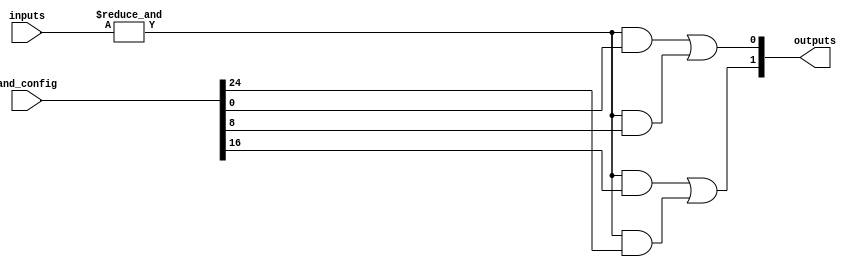
module SPAL #(
    parameter NUM_INPUTS = 8,      // Number of input signals
    parameter NUM_AND_GATES = 4,    // Number of AND gates
    parameter NUM_OR_GATES = 2       // Number of OR gates
)(
    input wire [NUM_INPUTS-1:0] inputs,          // Input signals
    input wire [NUM_AND_GATES*NUM_INPUTS-1:0] and_config, // Configuration bits for AND gates
    output wire [NUM_OR_GATES-1:0] outputs        // Output signals
);

// Programmable AND array
wire [NUM_AND_GATES-1:0] and_outputs [0:NUM_AND_GATES-1];

// Generate AND gates based on the configuration
genvar i, j;
generate
    for (i = 0; i < NUM_AND_GATES; i = i + 1) begin : and_gate
        assign and_outputs[i] = &inputs & {and_config[(i+1)*NUM_INPUTS-1:i*NUM_INPUTS]};  // AND operation
    end
endgenerate

// Fixed OR array
assign outputs[0] = and_outputs[0] | and_outputs[1];  // OR operation for output 0
assign outputs[1] = and_outputs[2] | and_outputs[3];  // OR operation for output 1

endmodule